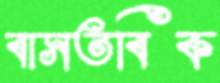
বাসতবিক